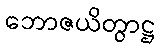
ဘောဇယိတွာဋ္ဌ